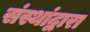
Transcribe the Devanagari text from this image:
संस्थांद्वारा